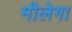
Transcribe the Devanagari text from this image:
मीलेगा